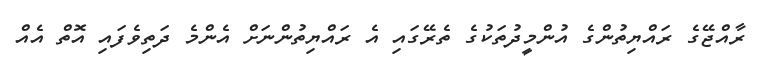
ރާއްޖޭގެ ރައްޔިތުންގެ އުންމީދުތަކުގެ ތެރޭގައި އެ ރައްޔިތުންނަށް އެންމެ ދަތިވެފައި އޮތް އެއް